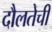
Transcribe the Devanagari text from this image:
दौलतेची